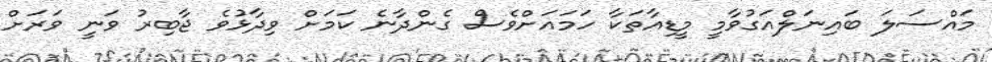
މައްސަލަ ބައިނަލްއަގުވާމީ މީޑިއާތަކާ ހަމައަށްވެސް ގެންދާނެ ކަމަށް ވިދާޅުވެ ޖާބިރު ވަނީ ވަރަށް